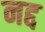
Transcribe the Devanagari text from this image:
नद्द